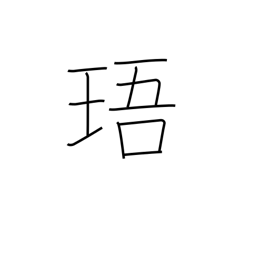
Meaning: jewel